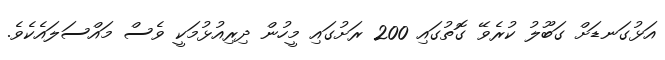
އަޅުގަނޑަށް ގަބޫލު ކުރެވޭ ގޮތުގައި 200 ރަށުގައި މީހުން ދިރިއުޅުމަކީ ވެސް މައްސަލައެކެވެ.